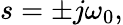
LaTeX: s=\pm j\omega_{0},